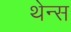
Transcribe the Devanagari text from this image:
थेन्स